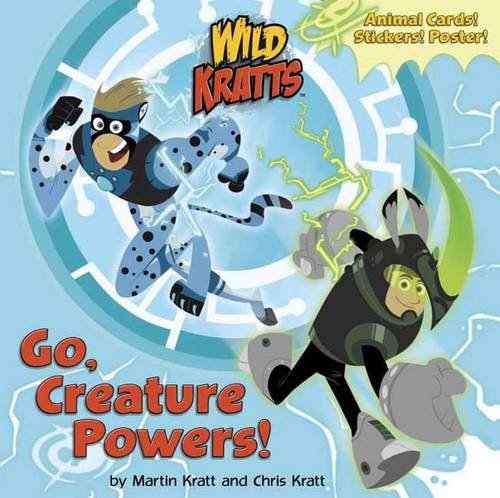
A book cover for Go, Creature Powers! (Wild Kratts) (Super Deluxe Pictureback); Chris Kratt; Children's Books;